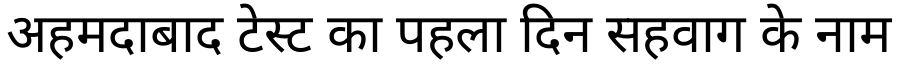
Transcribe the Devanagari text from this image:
अहमदाबाद टेस्ट का पहला दिन सहवाग के नाम